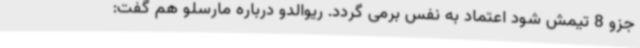
جزو 8 تیمش شود اعتماد به نفس برمی گردد. ریوالدو درباره مارسلو هم گفت: